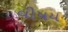
વીષય